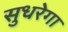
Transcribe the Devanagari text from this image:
सुधरेगा